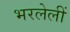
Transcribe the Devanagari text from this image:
भरलेलीं